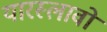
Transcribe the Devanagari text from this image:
यारस्लावो